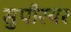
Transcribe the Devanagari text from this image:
सुपीरयर